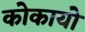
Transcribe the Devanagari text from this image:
कोकायो